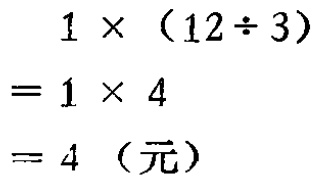
\[
\begin{align*}
1\times(12\div3)&=1\times4\\
& = 4\ (\text{元})
\end{align*}
\]